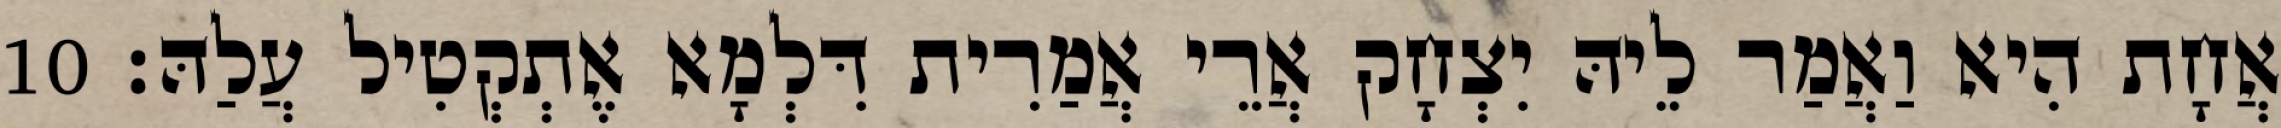
אֲחָת הִיא וַאֲמַר לֵיהּ יִצְחָק אֲרֵי אֲמַרִית דִּלְמָא אֶתְקְטִיל עֲלַהּ׃ 10